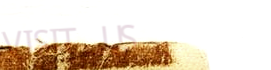
VISIT US